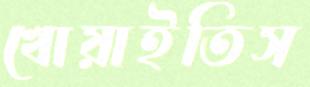
খোয়াইতিস